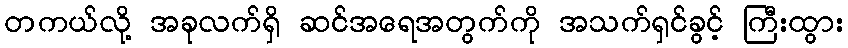
တကယ်လို့ အခုလက်ရှိ ဆင်အရေအတွက်ကို အသက်ရှင်ခွင့် ကြီးထွား